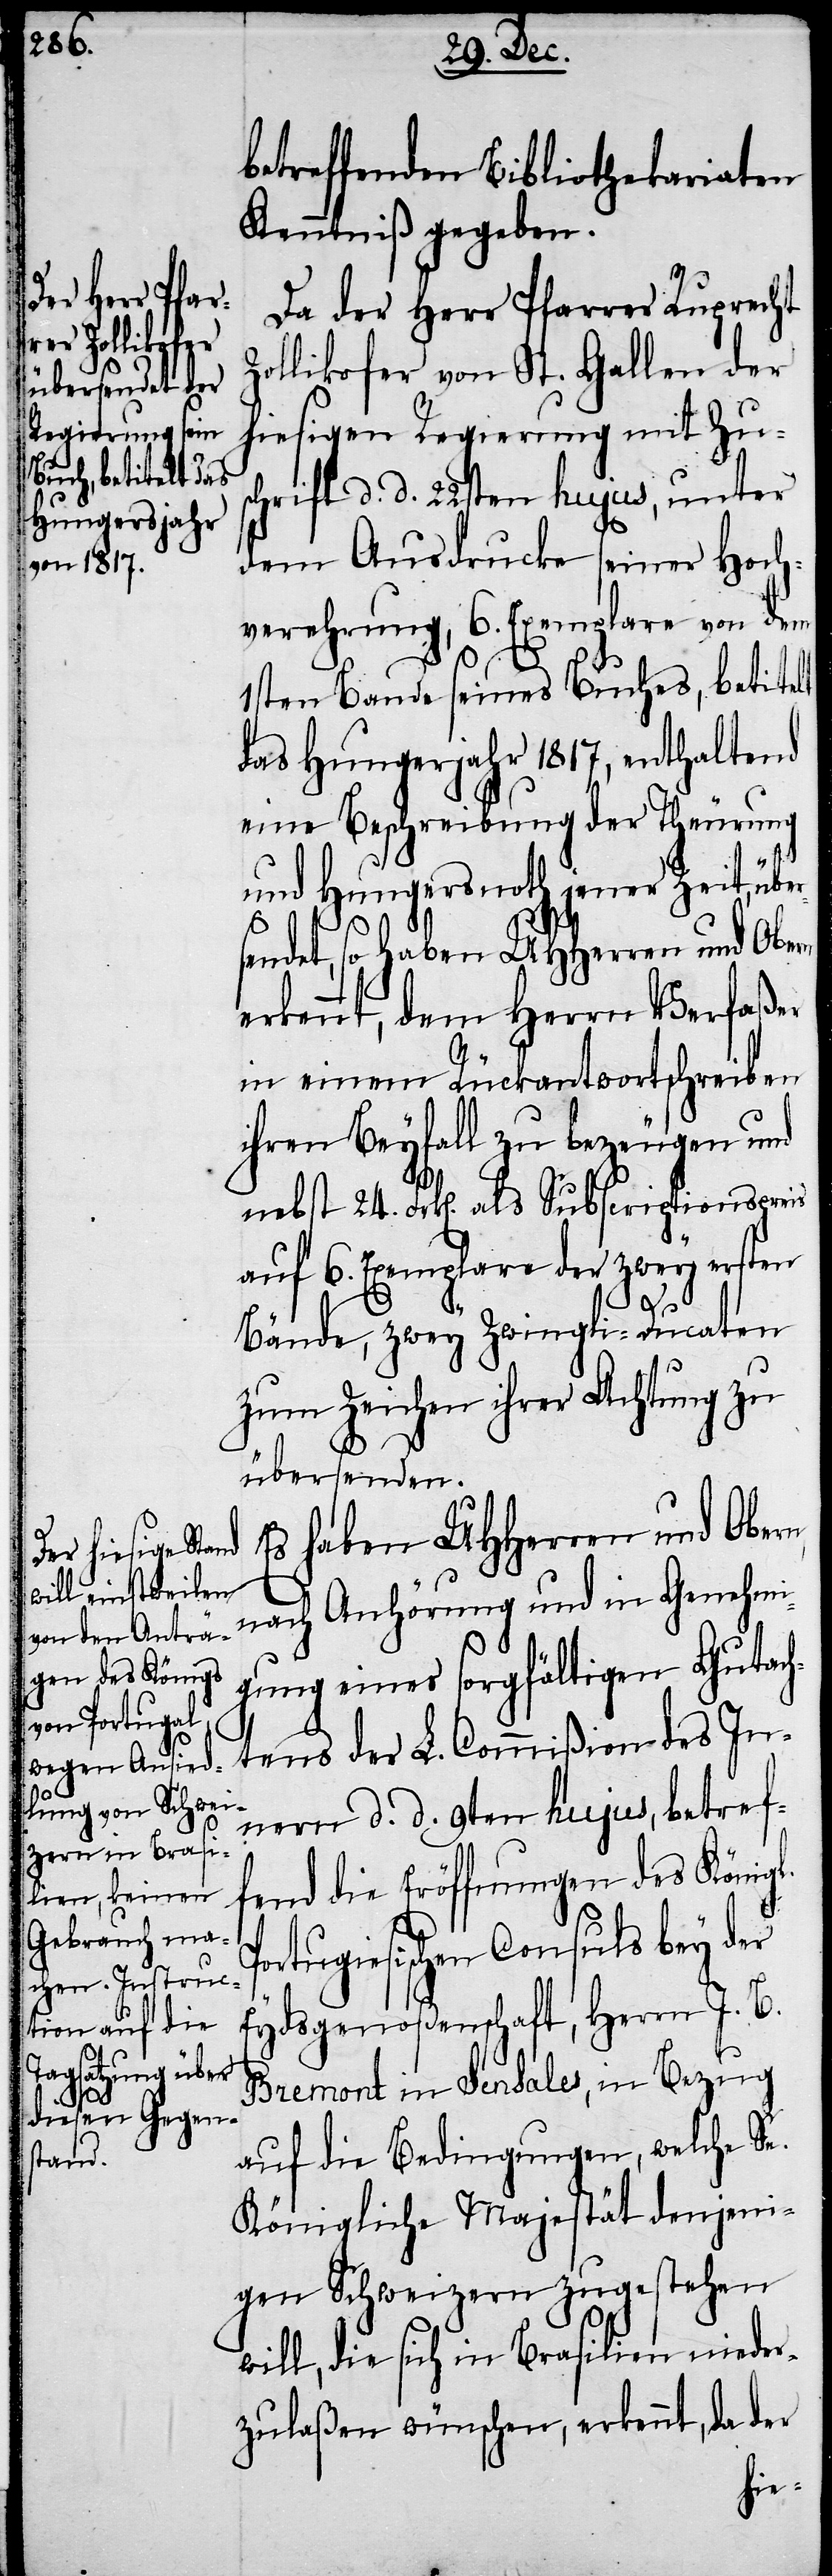
betreffenden Bibliothekariaten
Kenntniß gegeben.
Da der Herr Pfarrer Ruprecht
Zollikofer von St. Gallen der
hiesigen Regierung mit Zus¬
chrift d. d. 22sten hujus, unter
dem Ausdrucke seiner Hoch¬
verehrung, 6. Exemplare von dem
1sten Bande seines Buches, betitelt
das Hungerjahr 1817, enthaltend
eine Beschreibung der Theurung
und Hungersnoth jener Zeit, übe¬
sendet, so haben UHHerren und Obern
erkennt, dem Herrn Verfaßer
in einem Rückantwortschreiben
ihren Beyfall zu bezeugen und
nebst 24. Frk[en]. als Subscriptionspreis
auf 6. Exemplare der zwey ersten
Bände, zwey Zwingli-Ducaten
zum Zeichen ihrer Achtung zu
P¬
übersenden.
Es haben UHHerren und Ober¬
nach Anhörung und in Genehmi¬
gung eines sorgfältigen Gutach¬
tens der L. Commißion des In¬
nern d. d. 9ten hujus, betref¬
fend die Eröffnungen des Königl.
ortugiesischen Consuls bey der
Eydsgenoßenschaft, Herrn J. B.
Bremont in Sensales, in Bezug
auf die Bedingungen, welche Se.
Königliche Majestät denjeni¬
gen Schweizern zugestehen
will, die sich in Brasilien nieder¬
zulaßen wünschen, erkennt, da der